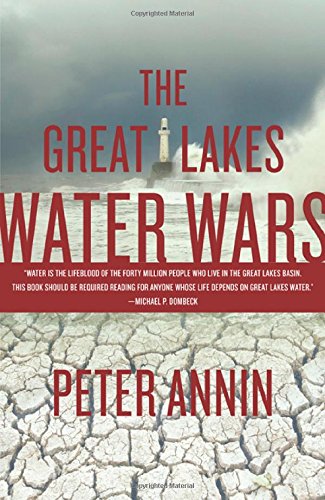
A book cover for The Great Lakes Water Wars; Peter Annin; Science & Math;